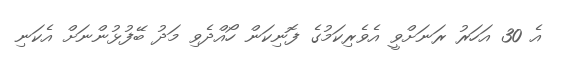
އެ 30 އަހަރު ރަނަށްވީ އެވެރިކަމުގެ ފޮނިކަން ހޯއްދެވި މަދު ބޭފުޅުންނަށް އެކަނި